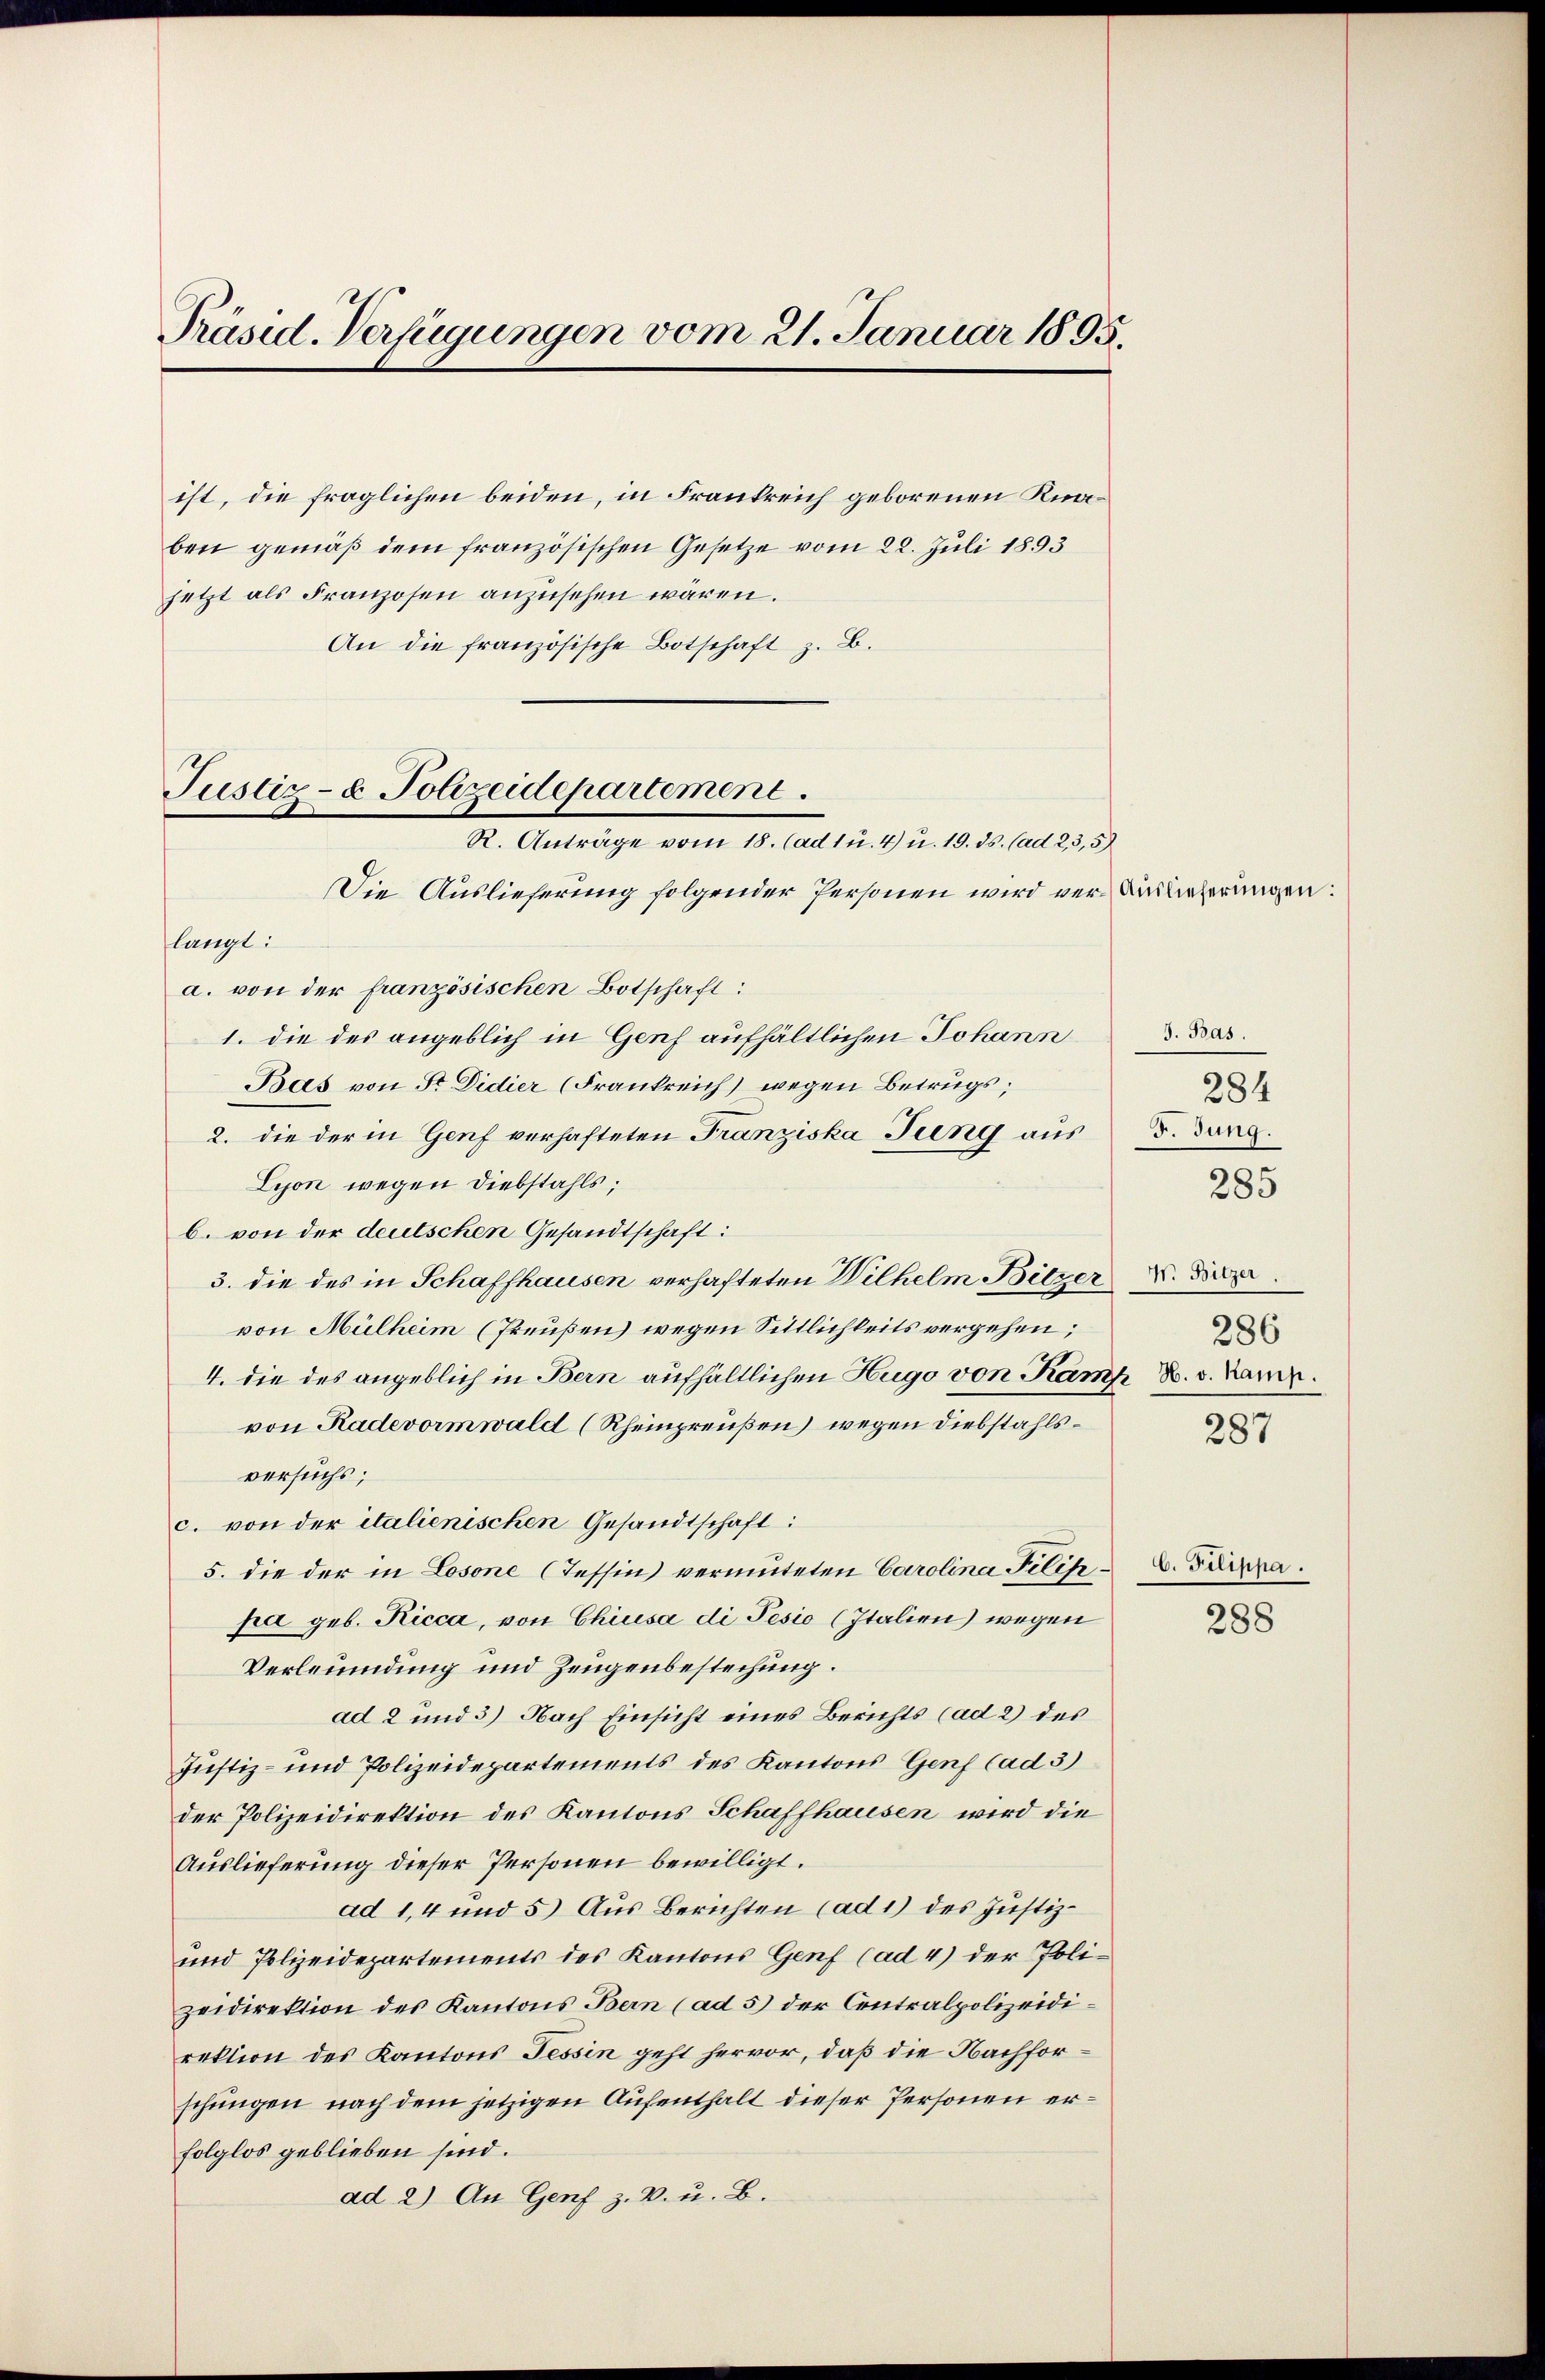
Präsid. Verfügungen vom 21. Januar 1895.

ist, die fraglichen beiden, in Frankreich geborenen Knaben gemäß dem französischen Gesetze vom 28. Juli 1893
jetzt als Franzosen anzusehen wären.
An die französische Botschaft z. B.

Justiz- & Polizeidepartement.
R. Anträge vom 18. (ad 1 u. 4) u. 19. ds. (ad 2, 3,5)

Die Auslieferung folgender Personen wird ver-Auslieferungen:

langt:
a. von der französischen Botschaft:
1. die des angeblich in Genf aufhältlichen Johann
Bas von Sr. Didier (Frankreich) wegen Betrugs,
2. die der in Genf verhafteten Franziska Tung aus
Lyon wegen Diebstahls;
b. von der deutschen Gesandtschaft:
3. die des in Schaffhausen verhafteten Wilhelm Bitzer V. Dez.
von Mülheim (Preußen) wegen Sittlichkeits vergehen;
4. die des angeblich in Bern aufhältlichen Hugo von Kamp B. v. Kanzvon Radevormwald (Rheinpreußen) wegen Diebstahlsversuchs;
c. von der italienischen Gesandtschaft:
5. die der in Losone (Tessin vermuteten Carolina Filisipa geb. Ricca, von Chiusa di Pesio (Italien) wegen
Verleumdung und Zeugenbestechung.
ad 2 und 3) Nach Einsicht eines Berichts (ad 2) des
Justiz- und Polizeidepartements des Kantons Genf (ad 3)
der Polizeidirektion des Kantons Schaffhausen wird die
Auslieferung dieser Personen bewilligt.
ad 1,4 und 5) Aus Berichten (ad 1) des Justiz¬
und Polizeidepartements des Kantons Genf (ad 4) der Polizeidirektion des Kantons Bern (ad 5) der Centralpolizeidirektion des Kantons Tessin geht hervor, daß die Nachforschungen nach dem jetzigen Aufenthalt dieser Personen erfolglos geblieben sind.
ad 2) An Genf z. B. u. B.

J. Bas.
284
F. Jung.
285
286

287

C. Filippa.

288